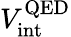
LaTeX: V_{\mathrm{int}}^{\mathrm{QED}}